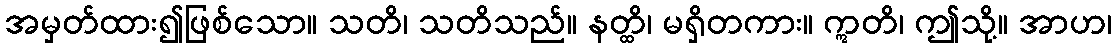
အမှတ်ထား၍ဖြစ်သော။ သတိ၊ သတိသည်။ နတ္ထိ၊ မရှိတကား။ ဣတိ၊ ဤသို့။ အာဟ၊